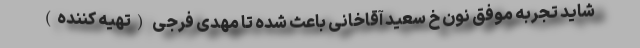
شاید تجربه موفق نون خ سعید آقاخانی باعث شده تا مهدی فرجی (تهیه کننده)